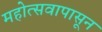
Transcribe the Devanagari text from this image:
महोत्सवापासून